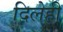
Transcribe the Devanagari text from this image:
दिलेही